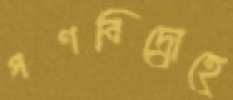
গণবিদ্রোহে